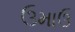
ઉમાઉ